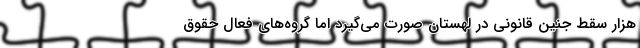
هزار سقط جنین قانونی در لهستان صورت می‌گیرد اما گروه‌های فعال حقوق